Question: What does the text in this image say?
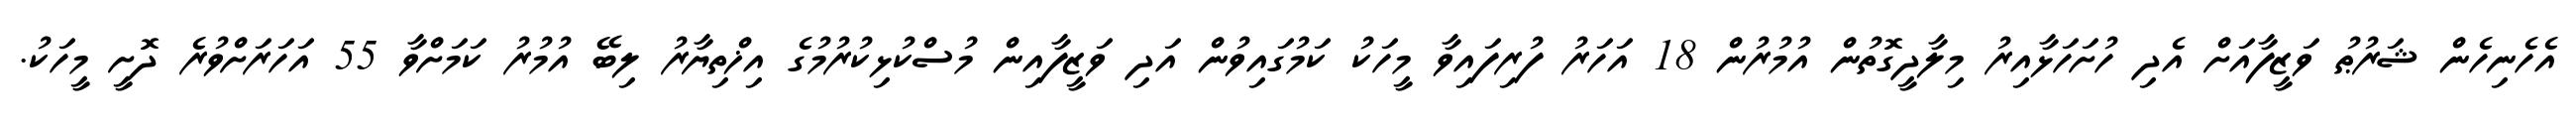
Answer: އެހެނިހެން ޝަރުޠު ވަޒީފާއަށް އެދި ހުށަހަޅާއިރު މިލާދީގޮތުން އުމުރުން 18 އަހަރު ފުރިފައިވާ މީހަކު ކަމުގައިވުން އަދި ވަޒީފާއިން މުސްކުޅިކުރުމުގެ އިޚްތިޔާރު ލިބޭ އުމުރު ކަމަށްވާ 55 އަހަރަށްވުރެ ދޮށީ މީހަކު.